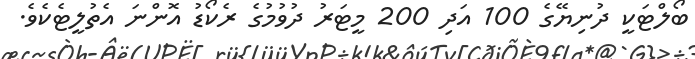
ބޯލްޓަކީ ދުނިޔޭގެ 100 އަދި 200 މީޓަރު ދުވުމުގެ ރެކޯޑު އޮންނަ އެތުލީޓެކެވެ.